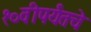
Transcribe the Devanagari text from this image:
१०वीपर्यंतचे